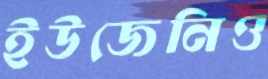
ইউজেনিও